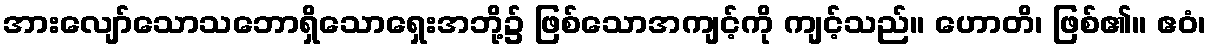
အားလျော်သောသဘောရှိသောရှေးအဘို့၌ ဖြစ်သောအကျင့်ကို ကျင့်သည်။ ဟောတိ၊ ဖြစ်၏။ ဧဝံ၊